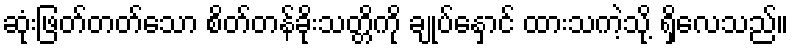
ဆုံးဖြတ်တတ်သော စိတ်တန်ခိုးသတ္တိကို ချုပ်နှောင် ထားသကဲ့သို့ ရှိလေသည်။